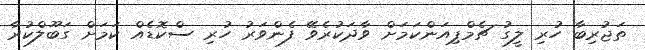
ތަޖުރިބާ ހުރި ލީގު ޗެމްޕިއަންކަމަށް ވާދަކުރެވޭ ފެންވަރު ހުރި ސްކޮޑެއް ކަމަށް ގަބޫލްކުރާ